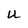
Character: U